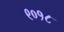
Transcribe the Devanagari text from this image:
९०१८